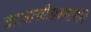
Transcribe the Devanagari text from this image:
चालाचीत्राकारांपैकी